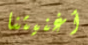
أغنيتنا